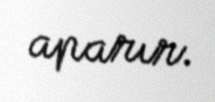
aparır.